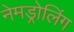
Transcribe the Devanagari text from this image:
नेमड्रोलिंग